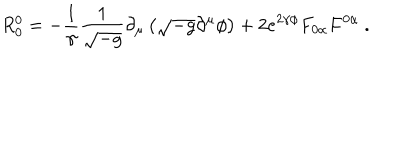
R _ { 0 } ^ { 0 } = - \frac { 1 } { \gamma } \frac { 1 } { \sqrt { - g } } \partial _ { \mu } \left( \sqrt { - g } \partial ^ { \mu } \phi \right) + 2 e ^ { 2 \gamma \phi } F _ { 0 \alpha } F ^ { 0 \alpha } \ .